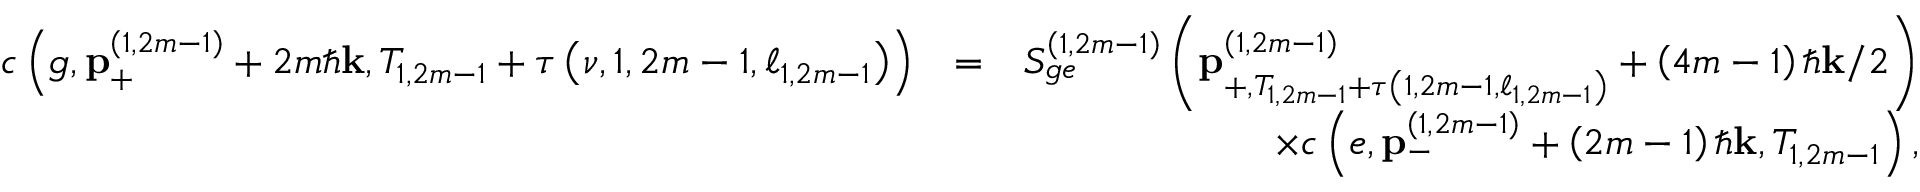
\begin{array} { r l r } { c \left( g , \mathbf { p } _ { + } ^ { \left( 1 , 2 m - 1 \right) } + 2 m \hbar \mathbf { k } , T _ { 1 , 2 m - 1 } + \tau \left( \nu , 1 , 2 m - 1 , \ell _ { 1 , 2 m - 1 } \right) \right) } & { = } & { S _ { g e } ^ { \left( 1 , 2 m - 1 \right) } \left( \mathbf { p } _ { + , T _ { 1 , 2 m - 1 } + \tau \left( 1 , 2 m - 1 , \ell _ { 1 , 2 m - 1 } \right) } ^ { \left( 1 , 2 m - 1 \right) } + \left( 4 m - 1 \right) \hbar \mathbf { k } / 2 \right) } \\ & { } & { \times c \left( e , \mathbf { p } _ { - } ^ { \left( 1 , 2 m - 1 \right) } + \left( 2 m - 1 \right) \hbar \mathbf { k } , T _ { 1 , 2 m - 1 } \right) , } \end{array}